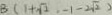
B ( 1 + \sqrt { 2 } , - 1 - 2 \sqrt { 2 } )